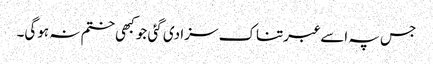
جس پہ اسے عبرتناک سزا دی گئی جو کبھی ختم نہ ہوگی۔